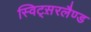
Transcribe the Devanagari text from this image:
स्विट्स़रलैण्ड